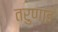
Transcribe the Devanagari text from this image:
तरुणाइ